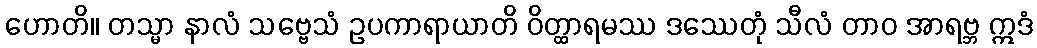
ဟောတိ။ တသ္မာ နာလံ သဗ္ဗေသံ ဥပကာရာယာတိ ဝိတ္ထာရမဿ ဒဿေတုံ သီလံ တာဝ အာရဗ္ဘ ဣဒံ